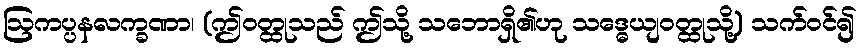
ဩကပ္ပနလက္ခဏာ၊ (ဤဝတ္ထုသည် ဤသို့ သဘောရှိ၏ဟု သဒ္ဓေယျဝတ္ထုသို့) သက်ဝင်၍